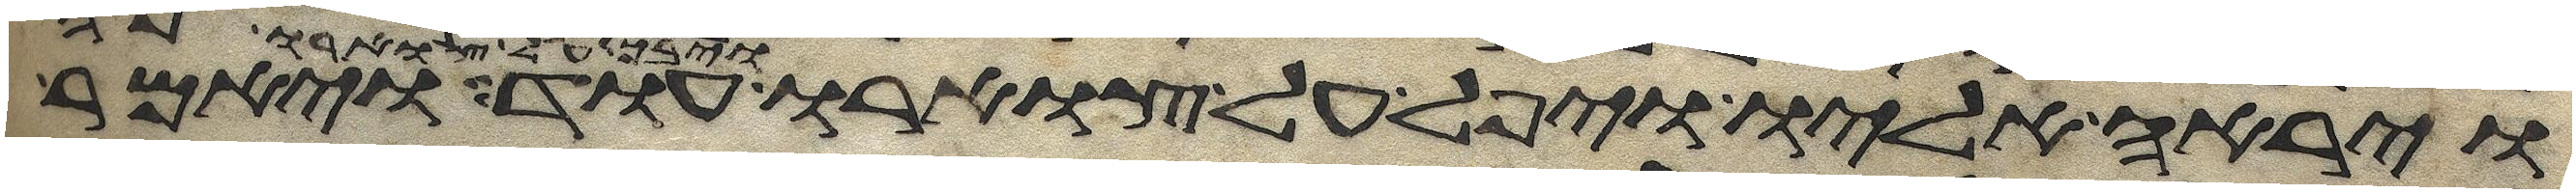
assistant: וירא אליו ויפל על צוארו ויבך